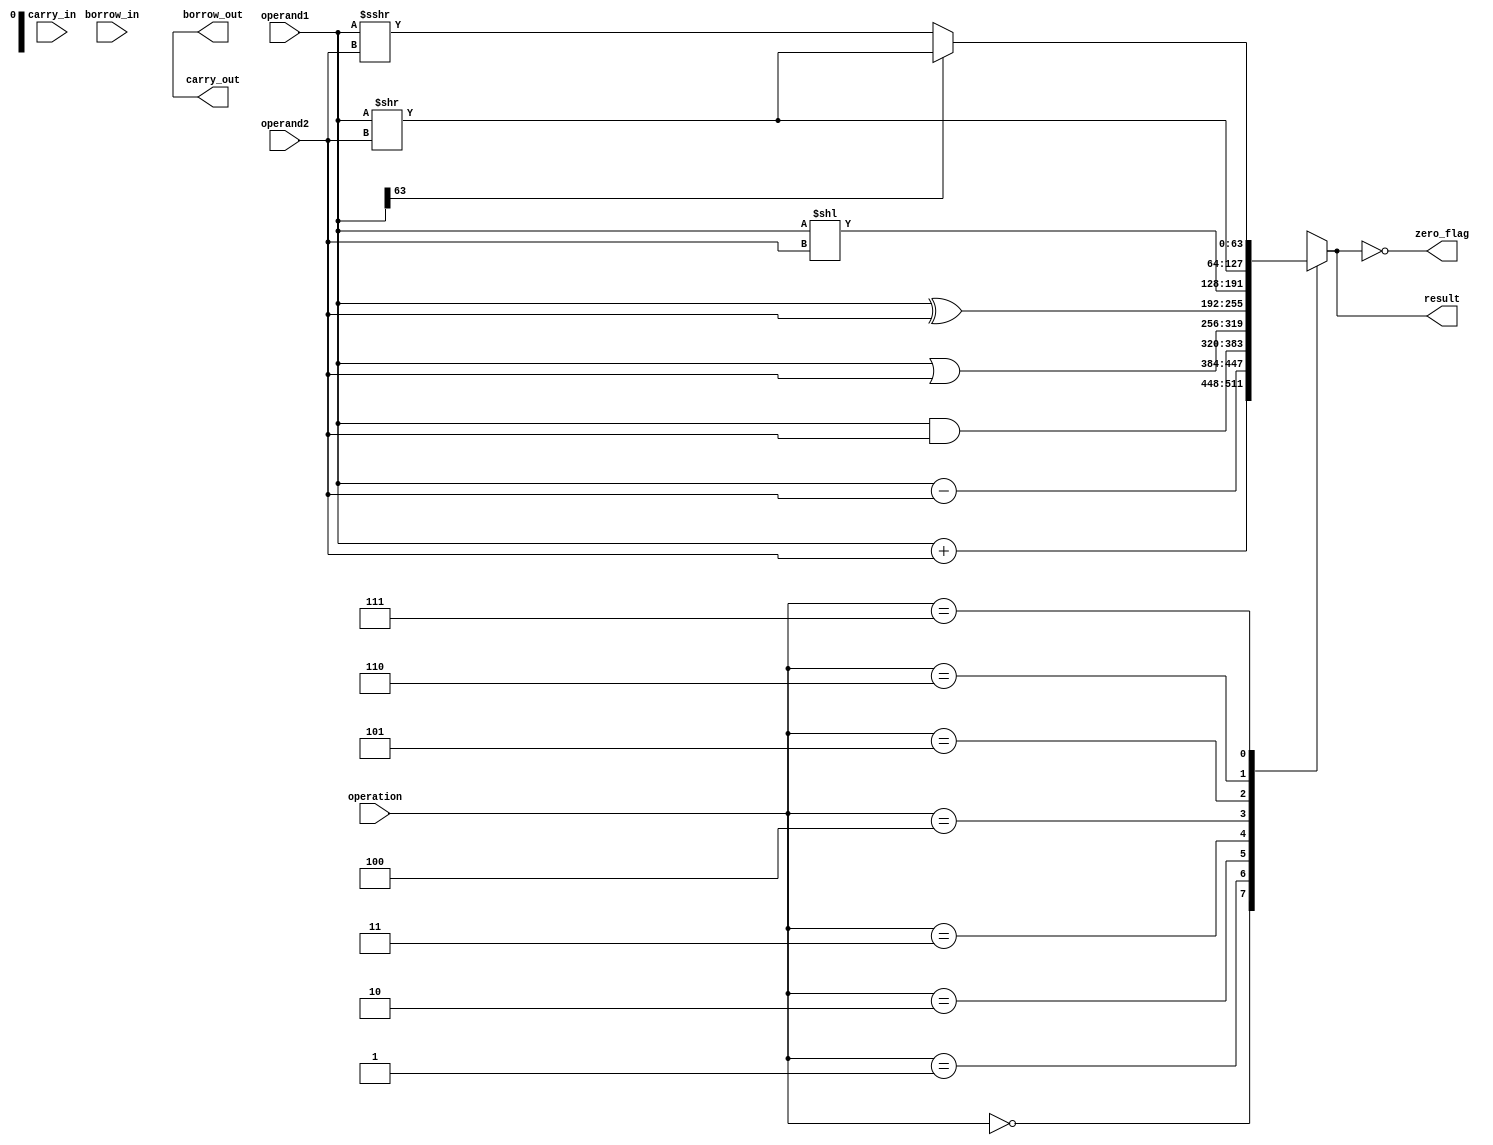
module ALU (input [63:0] operand1, input [63:0] operand2, input [2:0] operation, 
            input carry_in, input borrow_in, output [63:0] result,
            output carry_out, output borrow_out, output zero_flag);

reg [63:0] result;
reg [63:0] temp;

always @ (*)
begin
    case (operation)
        3'b000: result = operand1 + operand2; // addition
        3'b001: result = operand1 - operand2; // subtraction
        3'b010: result = operand1 & operand2; // AND
        3'b011: result = operand1 | operand2; // OR
        3'b100: result = operand1 ^ operand2; // XOR
        3'b101: result = operand1 << operand2; // shift left
        3'b110: result = operand1 >> operand2; // shift right
        3'b111: begin
                    if (operand1[63] == 1) // check for signed arithmetic right shift
                        temp = operand1 >> operand2;
                    else
                        temp = operand1 >>> operand2; // logical right shift
                    result = temp;
                 end
    endcase
end

assign carry_out = result[64];
assign borrow_out = result[64];
assign zero_flag = (result == 0);

endmodule